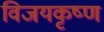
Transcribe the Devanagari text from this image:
विजयकृष्ण